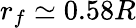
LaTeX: r_{f}\simeq 0.58R